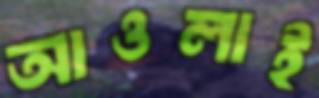
আওলাই